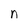
Character: n